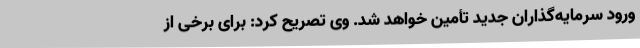
ورود سرمایه‌گذاران جدید تأمین خواهد شد. وی تصریح کرد: برای برخی از